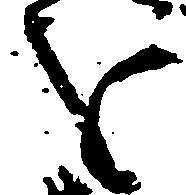
を